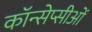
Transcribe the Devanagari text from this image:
कॉन्सेप्सीओं